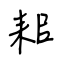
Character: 耜